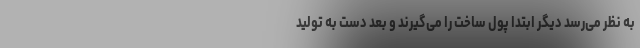
به نظر می‌رسد دیگر ابتدا پول ساخت را می‌گیرند و بعد دست به تولید